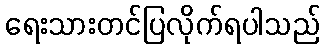
ရေးသားတင်ပြလိုက်ရပါသည်